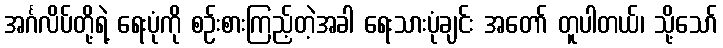
အင်္ဂလိပ်တို့ရဲ့ ရေးပုံကို စဉ်းစားကြည့်တဲ့အခါ ရေးသားပုံချင်း အတော် တူပါတယ်၊ သို့သော်